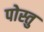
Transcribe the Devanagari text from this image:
पोस्तु